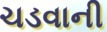
ચડવાની